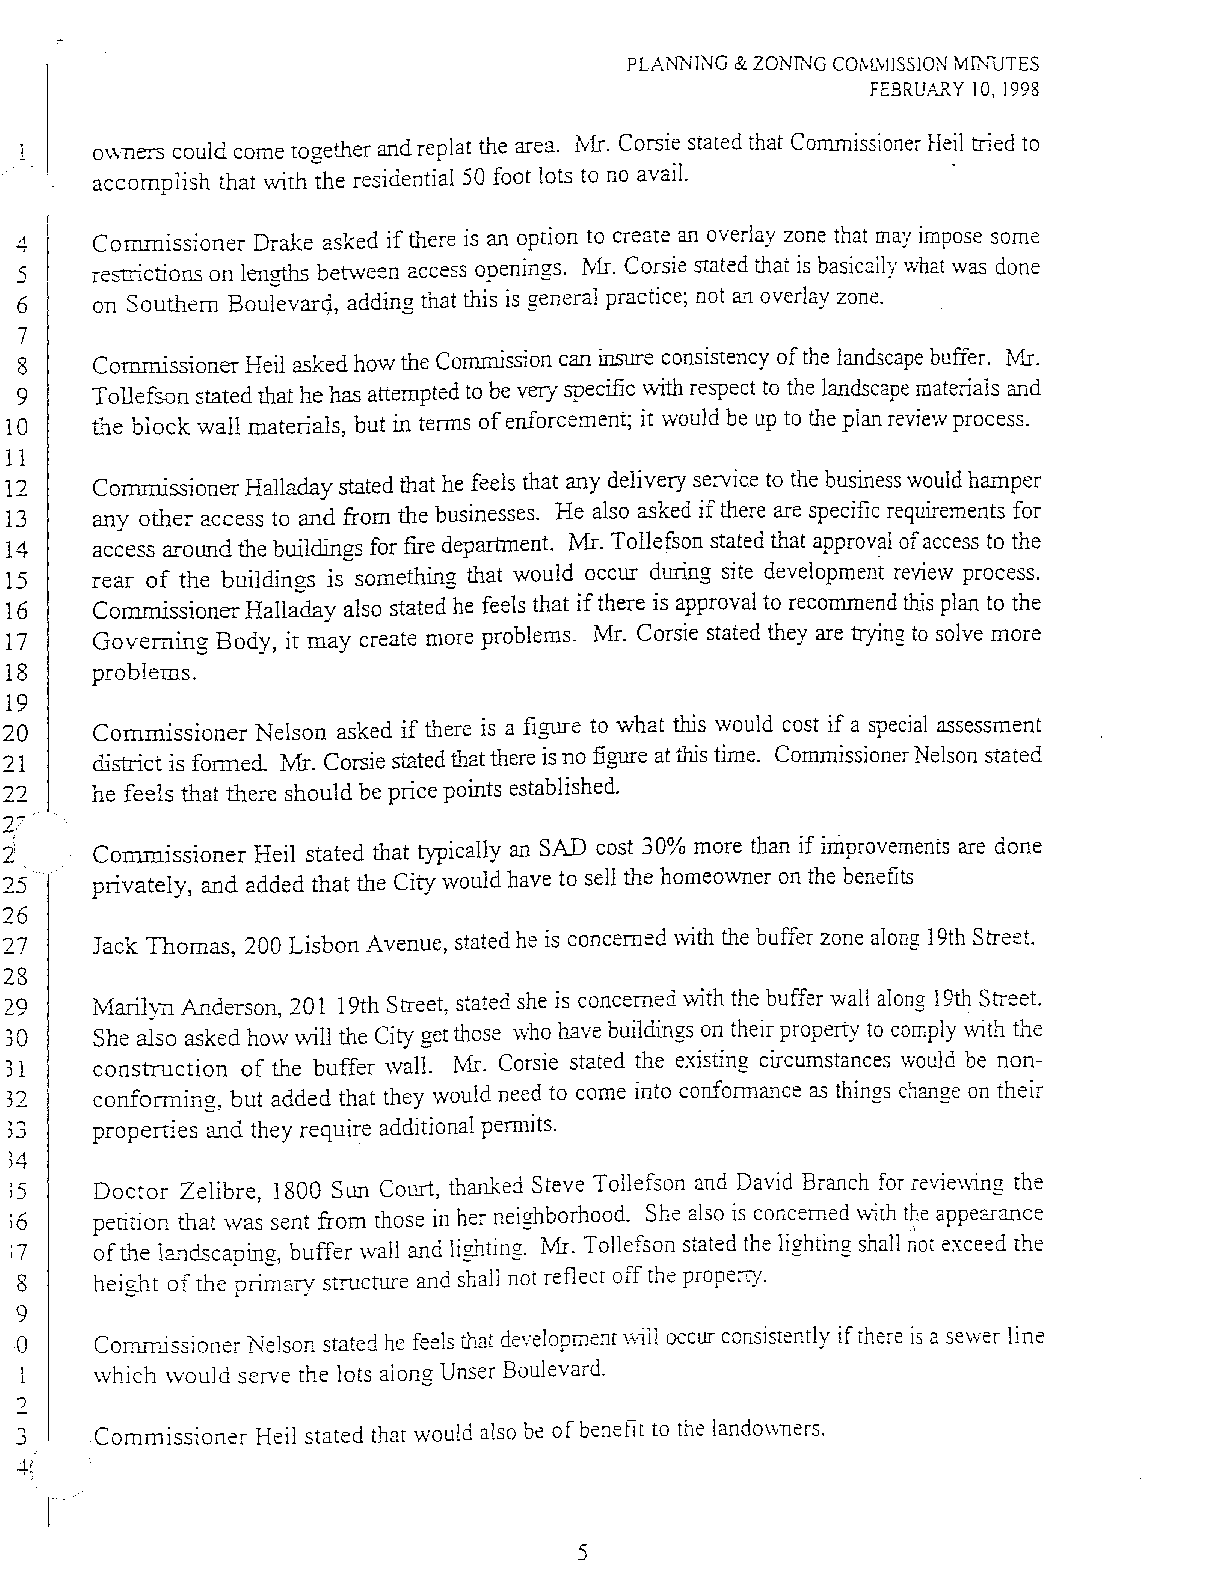
PLANNING & ZONING COl'wCYfISSION Mfr.l1JTES
 FEBRUARY 10, 1998
 0\\ners could come together and repiat the area. Ivtr. eorsie stated that Commissioner Heil tried to
 accomplish that with the residential 50 foot lots to no avai1.
 4    Commissioner Drake asked if there is an option to create an overlay zone that may impose some
 5    restrictions on lengths between access openings. .NIT. eorsie stated that is basically what was done
 6    on Southern Boulevarq, adding that this is general practice; not an overlay zone.
 7
 8    Commissioner Heil asked how the Commission can insure consistency of the landscape buffer. N1r.
 9    Tollefson stated that he has attempted to be very specific vrith respect to the landscape materials and
 10   the block wall materials, but in terms of enforcement; it would be up to the plan review process.
 11
 12   Commissioner Halladay stated that he feels that any delivery service to the business would hamper
 13   any other access to and from the businesses. He also asked if there are specific requirements for
 14   access around the buildillgs for fire department. Mr. Tollefson stated that approval of access to the
 1S   rear of the buildings is something that would occur during site development review process.
 16   Commissioner Halladay also stated he feels that if there is approval to recommend this plan to the
 17   Governing Body, it may create more problems. Mr. Corsle stated they are trying to solve more
 18   problems.
 19
 20   Commissioner Nelson asked if there is a figure to what this would cost if a special assessment
 21   district is formed. Mr. Corsie stated that there is no figure at this time. Commissioner Nelson stated
 22   he feels that there should be price points established.
 2;
 '1I   Commissioner Heil stated that typically an SAD cost 300/0 more than if improvements are done
 2S    privately, and added that the City 'Nould have to sell the homeowner on the benefits
 26
 27   Jack Thomas, 200 Lisbon Avenue, stated he is concerned with the buffer zone along 19th Street.
 28
 29   Marily11 Anderso~ 201 19th Street, stated she is concerned with the buffer wall along 19th Street.
 30   She also asked how v,rill the City get those \vho have buildings on their property to comply with the
 31   construction of the buffer \vall. Ivir. Corsie stated the existing circumstances would be non­
 32   conforming, but added that they would need to come into confonnance as things change on their
 ,3   properties and they require additional pennits.
 ,4
 ;5   Doctor Zelibre, 1800 Sun Court, thanked Steve Tollefson and David Branch for reviewing the
 ;6   petition that \vas sent from those in her neighborhood. She also is concerned v.ith the appearance
 :7    of the laI1cisC3.Dina buffer wall and li£..htinQ. Mr. To11efson stated the licl1tinQ shal1 ~ot exceed the
 .J. ~,         -  '-                 '- "­
 8     height of the primary structure and shall not reflect off the properry.
 9
 o
 Commissioner Ne1son stated he feels that development vvill occur consistently if there is a sew'er line
 \vhich \vould serve the lots along Unser Boulevard.
 3     Commissioner Heil stated that would also be of benefit to the landovmers.
 -.fl
 5